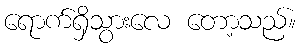
ရောက်ရှိသွားလေ တော့သည်။